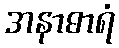
အနာဓာရံ